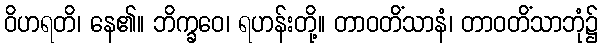
ဝိဟရတိ၊ နေ၏။ ဘိက္ခဝေ၊ ရဟန်းတို့။ တာဝတိံသာနံ၊ တာဝတိံသာဘုံ၌